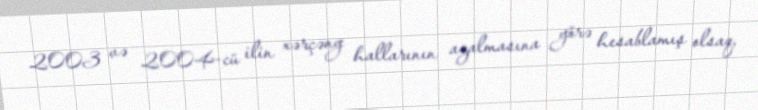
2003 və 2004-cü ilin xərçəng hallarının azalmasına görə hesablamış olsaq,